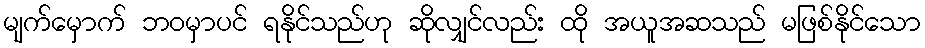
မျက်မှောက် ဘဝမှာပင် ရနိုင်သည်ဟု ဆိုလျှင်လည်း ထို အယူအဆသည် မဖြစ်နိုင်သော